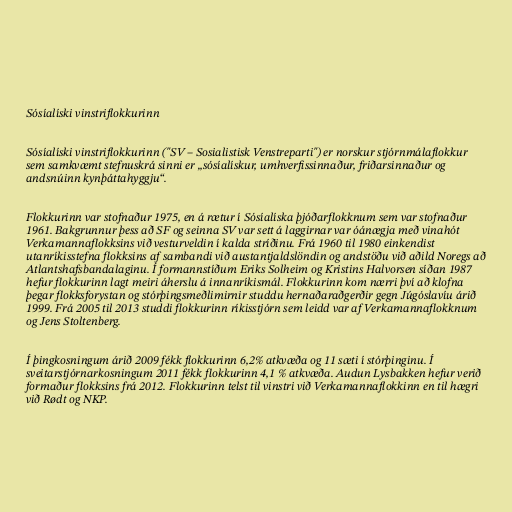
Sósíalíski vinstriflokkurinn

Sósíalíski vinstriflokkurinn ("SV – Sosialistisk Venstreparti") er norskur stjórnmálaflokkur
sem samkvæmt stefnuskrá sinni er „sósíalískur, umhverfissinnaður, friðarsinnaður og
andsnúinn kynþáttahyggju“.

Flokkurinn var stofnaður 1975, en á rætur í Sósíalíska þjóðarflokknum sem var stofnaður
1961. Bakgrunnur þess að SF og seinna SV var sett á laggirnar var óánægja með vinahót
Verkamannaflokksins við vesturveldin í kalda stríðinu. Frá 1960 til 1980 einkendist
utanríkisstefna flokksins af sambandi við austantjaldslöndin og andstöðu við aðild Noregs að
Atlantshafsbandalaginu. Í formannstíðum Eriks Solheim og Kristins Halvorsen síðan 1987
hefur flokkurinn lagt meiri áherslu á innanríkismál. Flokkurinn kom nærri því að klofna
þegar flokksforystan og stórþingsmeðlimirnir studdu hernaðaraðgerðir gegn Júgóslavíu árið
1999. Frá 2005 til 2013 studdi flokkurinn ríkisstjórn sem leidd var af Verkamannaflokknum
og Jens Stoltenberg.

Í þingkosningum árið 2009 fékk flokkurinn 6,2% atkvæða og 11 sæti í stórþinginu. Í
sveitarstjórnarkosningum 2011 fékk flokkurinn 4,1 % atkvæða. Audun Lysbakken hefur verið
formaður flokksins frá 2012. Flokkurinn telst til vinstri við Verkamannaflokkinn en til hægri
við Rødt og NKP.